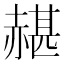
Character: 𧹱